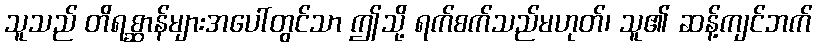
သူသည် တိရစ္ဆာန်များအပေါ်တွင်သာ ဤသို့ ရက်စက်သည်မဟုတ်၊ သူ၏ ဆန့်ကျင်ဘက်